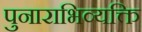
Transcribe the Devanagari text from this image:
पुनाराभिव्यक्ति